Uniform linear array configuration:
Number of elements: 8
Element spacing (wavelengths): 1
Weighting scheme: hann
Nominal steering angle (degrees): -30
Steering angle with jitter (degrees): -29.949
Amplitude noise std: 0.05
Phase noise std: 0.05

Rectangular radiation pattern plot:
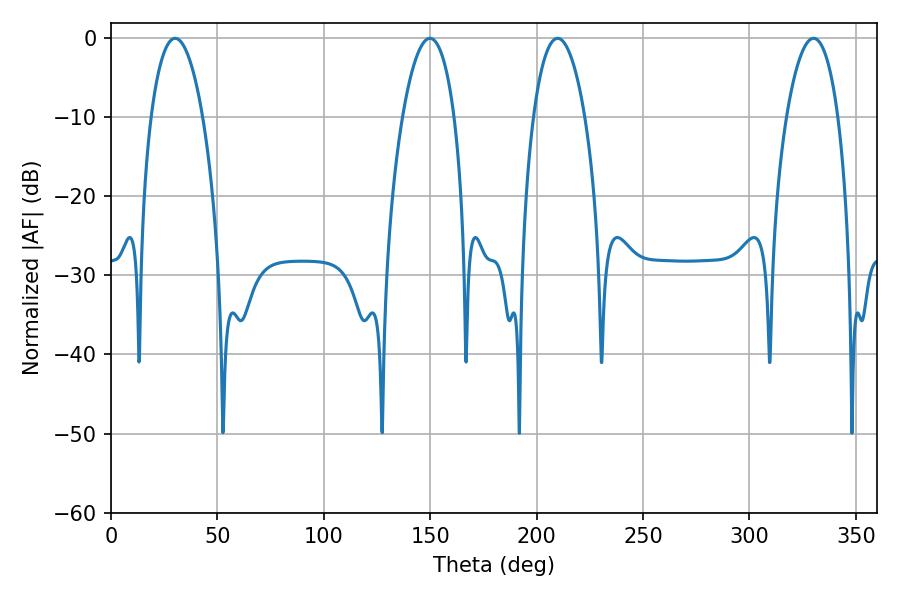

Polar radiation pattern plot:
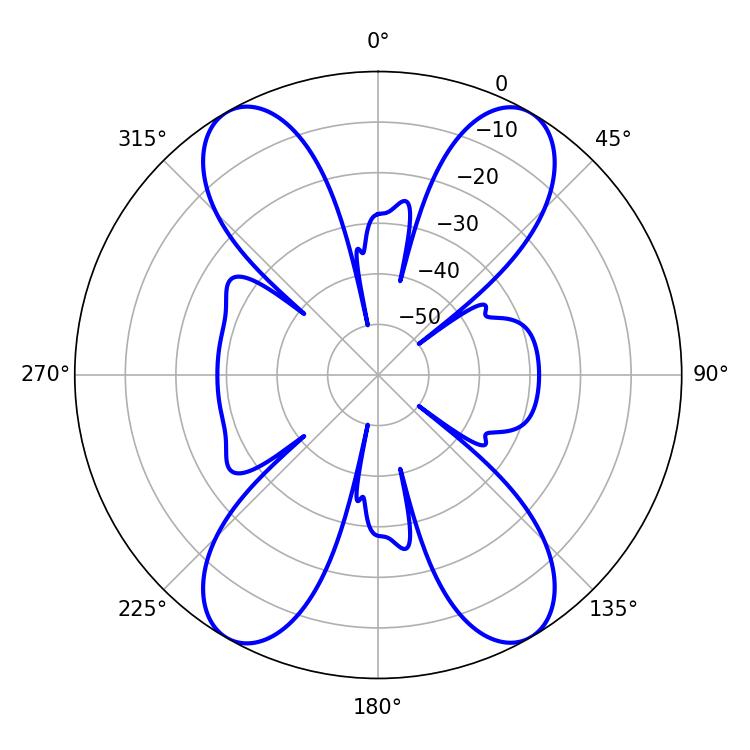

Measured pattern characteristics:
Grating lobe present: TRUE
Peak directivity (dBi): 28.993
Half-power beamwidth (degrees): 13.68
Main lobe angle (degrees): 209.88